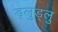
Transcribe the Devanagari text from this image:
ड्लुड्लु